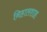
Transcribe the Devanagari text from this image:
निहालशाह